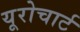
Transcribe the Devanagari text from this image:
यूरोचार्ट